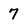
Character: 7